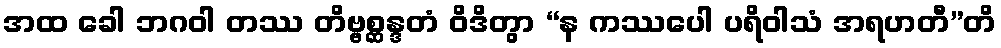
အထ ခေါ ဘဂဝါ တဿ တိဗ္ဗစ္ဆန္ဒတံ ဝိဒိတွာ “န ကဿပေါ ပရိဝါသံ အရဟတီ”တိ